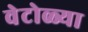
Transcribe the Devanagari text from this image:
वेटोळ्या